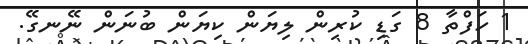
1 ހަފްތާ 8 ގަޑި ކުރިން ލިޔަން ކިޔަން ބުނަން ނޭނގޭ.